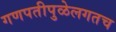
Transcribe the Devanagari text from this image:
गणपतीपुळेलगतच